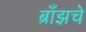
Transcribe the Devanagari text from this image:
ब्राँझचे